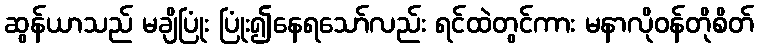
ဆွန်ယာသည် မချိပြုံး ပြုံး၍နေရသော်လည်း ရင်ထဲတွင်ကား မနာလိုဝန်တိုစိတ်